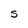
Character: S